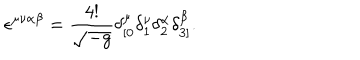
LaTeX: \epsilon ^ { \mu \nu \alpha \beta } = \frac { 4 ! } { \sqrt { - g } } \delta _ { [ 0 } ^ { \mu } \delta _ { 1 } ^ { \nu } \delta _ { 2 } ^ { \alpha } \delta _ { 3 ] } ^ { \beta } .